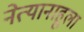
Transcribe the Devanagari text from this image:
नेत्यानाहूला